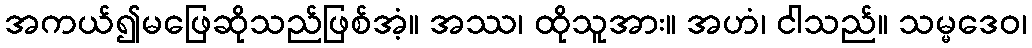
အကယ်၍မဖြေဆိုသည်ဖြစ်အံ့။ အဿ၊ ထိုသူအား။ အဟံ၊ ငါသည်။ သမ္မဒေဝ၊